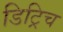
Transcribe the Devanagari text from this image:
डिट्रिच